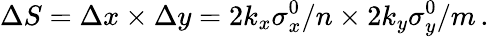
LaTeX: \Delta S=\Delta x\times\Delta y=2k_{x}\sigma_{x}^{0}/n\times 2k_{y}\sigma_{y}^{0}/m\, .